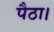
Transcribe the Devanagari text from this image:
पैठा।